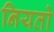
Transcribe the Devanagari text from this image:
नियतो